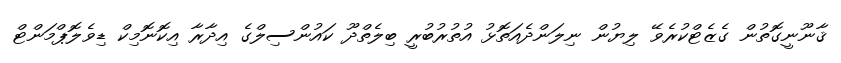
ޤާނޫނީގޮތުން ގެޒެޓްކުރެވޭ ލިޔުން ނިލަންދެއަތޮޅު އުތުރުބުރީ ބިލެތްދޫ ކައުންސިލްގެ އިދާރާ އިކޮނޮމިކް ޑިވެލޮޕްމަންޓް